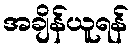
အချိန်ယူရန်